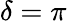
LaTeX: \delta=\pi